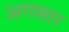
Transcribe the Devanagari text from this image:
अगसार